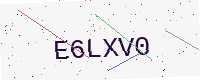
Text: E6LXV0